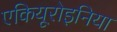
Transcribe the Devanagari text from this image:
एकियूरोइनिया